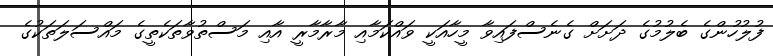
ފުލުހުންގެ ބެލުމުގެ ދަށަށް ގެނެސްފައިވާ މީހާއަކީ ވައްކަމާއި މާރާމާރީ އާއި މަސްތުވާތަކެތީގެ މައްސަލަތަކުގެ